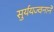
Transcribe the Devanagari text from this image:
सुर्ययज्वनाने